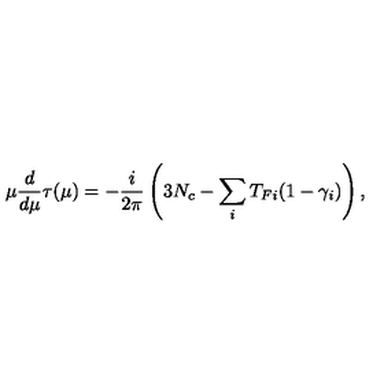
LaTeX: \mu { \frac { d } { d \mu } } \tau ( \mu ) = - { \frac { i } { 2 \pi } } \left( 3 N _ { c } - \sum _ { i } T _ { F i } ( 1 - \gamma _ { i } ) \right) ,